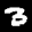
Label: 3